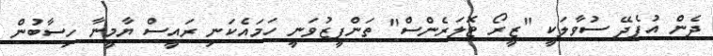
ދެން އުފެދޭ ސުވާލަކީ "ޒީރޯ ޓޮލަރެންސް" ތަންފީޒުވަނީ ހަމައެކަނި ރައީސް ޔާމީނާ ހިސާބުން